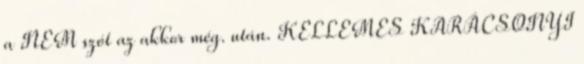
a NEM szót az akkor még. után. KELLEMES KARÁCSONYI